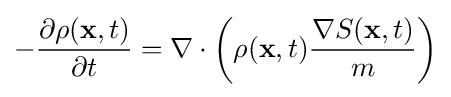
-{\frac {\partial \rho (\mathbf {x} ,t)}{\partial t}}=\nabla \cdot \left(\rho (\mathbf {x} ,t){\frac {\nabla S(\mathbf {x} ,t)}{m}}\right)